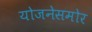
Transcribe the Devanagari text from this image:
योजनेसमोर